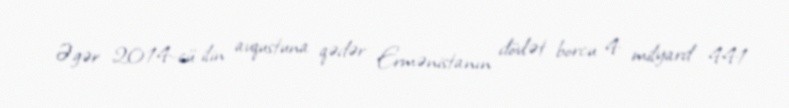
Əgər 2014-cü ilin avqustuna qədər Ermənistanın dövlət borcu 4 milyard 441